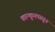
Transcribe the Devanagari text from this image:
कान्कुनपासून